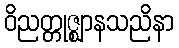
ဝိညတ္တုဇ္ဈာနသညိနာ